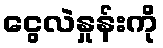
ငွေလဲနှုန်းကို